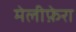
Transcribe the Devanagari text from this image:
मेलीफ़ेरा